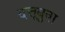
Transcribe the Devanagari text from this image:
दत्तूबुवा